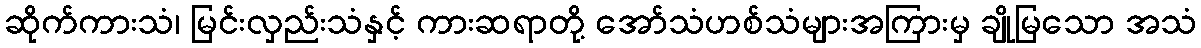
ဆိုက်ကားသံ၊ မြင်းလှည်းသံနှင့် ကားဆရာတို့ အော်သံဟစ်သံများအကြားမှ ချိုမြသော အသံ